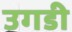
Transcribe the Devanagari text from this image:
उगडी